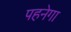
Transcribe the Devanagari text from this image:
पहनेगा